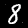
Label: 8